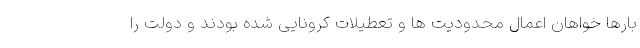
بارها خواهان اعمال محدوديت ها و تعطيلات كرونايى شده بودند و دولت را